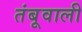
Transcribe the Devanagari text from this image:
तंबूवाली